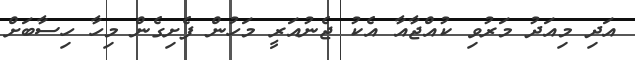
އަދި މިއަދު މަރުވި ކުއްޖާއާ އެކު ޖެނުއަރީ މަހުން ފެށިގެން މިހާ ހިސާބަށް